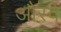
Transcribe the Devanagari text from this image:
औरवे